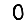
Digit: 0